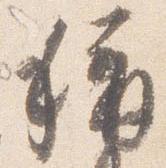
称